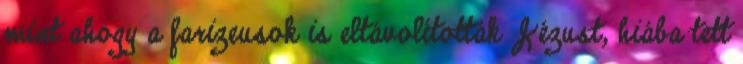
mint ahogy a farizeusok is eltávolították Jézust, hiába tett